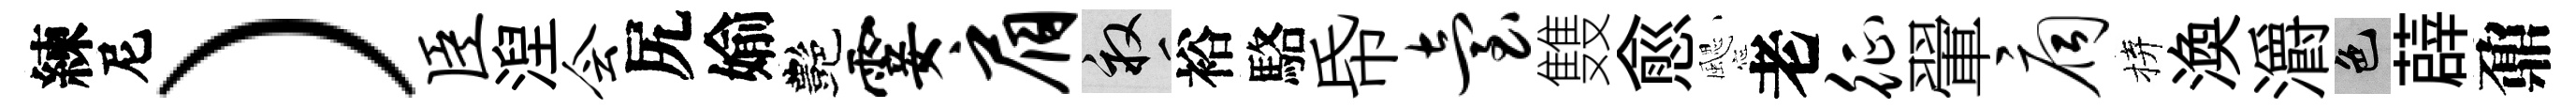
練尼）臣湼会尻媮艷霎肩畝裕駱帋台䨇愈颸老征翬扃拚渙灂色薜鼐